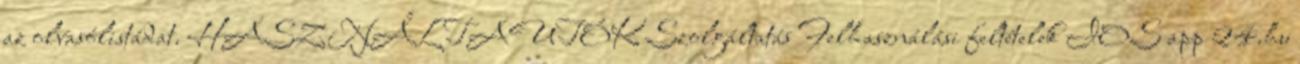
az olvasólistádat. HASZNÁLTAUTÓK Szolgáltatás Felhasználási feltételek IOS app 24.hu